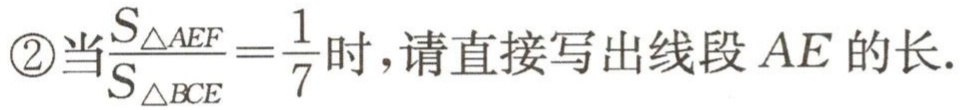
\textcircled{2}当$\frac{S_{\triangle AEF}}{S_{\triangle BCE}} = \frac{1}{7}$时，请直接写出线段$AE$的长.